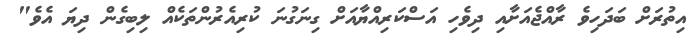
އިތުރަށް ބަދަހިވެ ރާއްޖެއަށާއި ދިވެހި އަސްކަރިއްޔާއަށް ގިނަގުނަ ކުރިއެރުންތަކެއް ލިބިގެން ދިޔަ އެވެ"